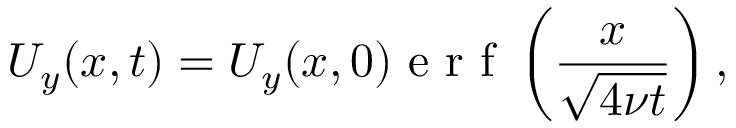
U _ { y } ( x , t ) = U _ { y } ( x , 0 ) \textrm { e r f } \left( \frac { x } { \sqrt { 4 \nu t } } \right) ,